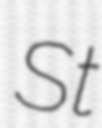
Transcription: St